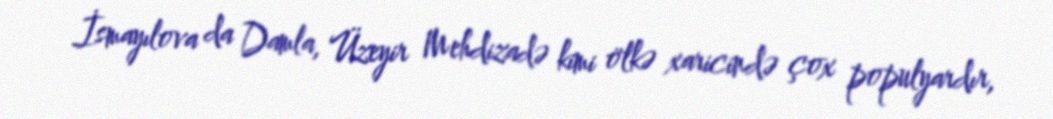
İsmayılova da Damla, Üzeyir Mehdizadə kimi ölkə xaricində çox populyardır,